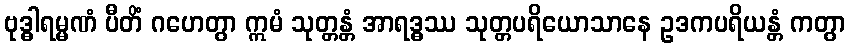
ဗုဒ္ဓါရမ္မဏံ ပီတိံ ဂဟေတွာ ဣမံ သုတ္တန္တံ အာရဒ္ဓဿ သုတ္တပရိယောသာနေ ဥဒကပရိယန္တံ ကတွာ